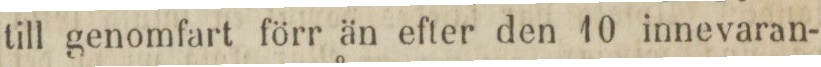
till genomfart förr än efter den 10 innevaran-